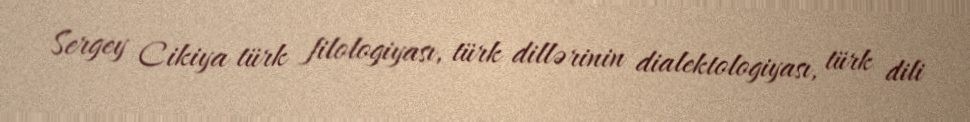
Sergey Cikiya türk filologiyası, türk dillərinin dialektologiyası, türk dili